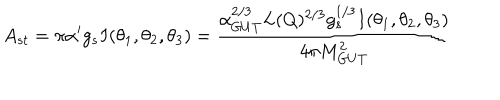
A _ { s t } = \pi \alpha ^ { \prime } g _ { s } I ( \theta _ { 1 } , \theta _ { 2 } , \theta _ { 3 } ) = { \frac { \alpha _ { G U T } ^ { 2 / 3 } L ( Q ) ^ { 2 / 3 } g _ { s } ^ { 1 / 3 } I ( \theta _ { 1 } , \theta _ { 2 } , \theta _ { 3 } ) } { 4 \pi M _ { G U T } ^ { 2 } } } \,